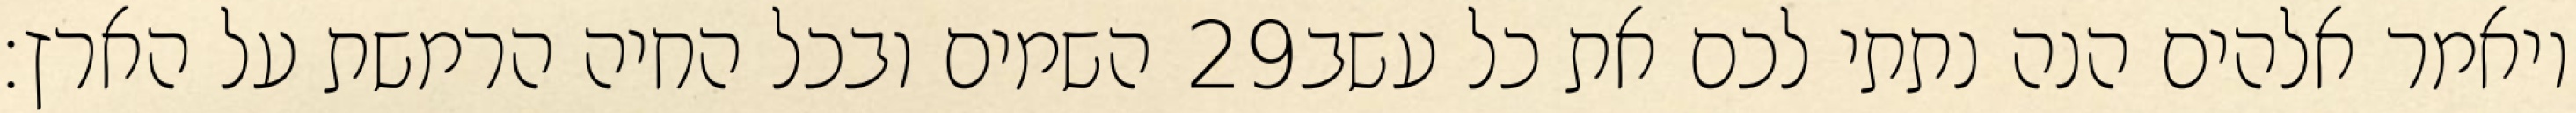
השמים ובכל החיה הרמשת על הארץ׃ ‎29‏ ויאמר אלהים הנה נתתי לכם את כל עשב